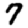
Digit: 7